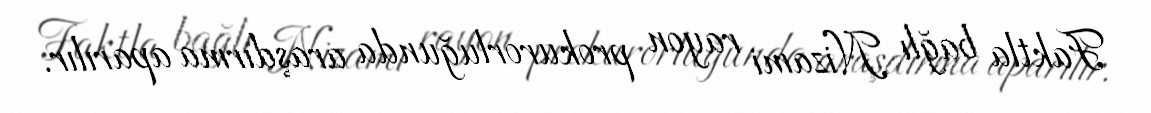
Faktla bağlı Nizami rayon prokurorluğunda araşdırma aparılır.